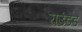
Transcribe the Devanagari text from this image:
राउंडेड